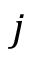
j